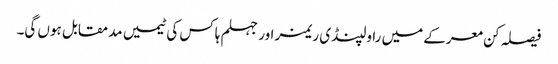
فیصلہ کن معرکے میں راولپنڈی ریمز اور جہلم ہاکس کی ٹیمیں مدمقابل ہوں گی۔